system: You are a helpful assistant.
user:
Analyze the provided spectrum to determine if it is a **White Dwarf (WD)**.

A White Dwarf spectrum is defined by its **extreme purity** (due to gravitational settling) and/or **extreme pressure broadening** (due to high surface gravity). You must check for one of the following mutually exclusive signatures:

- **Key Visual Indicators (Check for ONE of these types):**

    - **1. DA-Type Signature (Most Common):**
        - **(Primary Feature):** Extreme pressure broadening (Stark broadening) of the **Hydrogen (H) Balmer lines**.
        - **(Key Lines):** $H\beta$ (approx. $4861$ Å) and $H\gamma$ (approx. $4340$ Å). $H\alpha$ (approx. $6563$ Å) will also be present if the wavelength range covers it.
        - **(Line Profile):** This is the **defining feature**. The lines are **NOT** sharp. They appear as massive, **extremely broad and deep "troughs" or "dips"** in the spectrum, often hundreds of Ångströms wide. The continuum will appear to "scoop" down at these wavelengths.
        - **(Distinction):** Normal A-type or B-type stars have *narrow* and *sharp* Hydrogen lines. A DA White Dwarf's lines are unmistakably "smeared" or "blurry" from pressure.

    - **2. DB-Type Signature:**
        - **(Primary Feature):** Broad absorption lines from **Neutral Helium (He I)**. The spectrum must lack any visible Hydrogen lines.
        - **(Key Lines):** Look for broad absorption near $4471$ Å, $4921$ Å, and $5876$ Å.
        - **(Line Profile):** These lines are also significantly pressure-broadened, appearing much wider than they would in a normal B-type main-sequence star.

    - **3. DC-Type Signature:**
        - **(Primary Feature):** A **featureless continuous spectrum**.
        - **(Line Profile):** The spectrum is a smooth curve with **no significant absorption or emission lines**.
        - **(Key Confirmation):** The continuum is almost always **blue or white**, indicating a hot object. This signature implies the atmosphere is so pure (or so cool) that no spectral lines are visible in the optical range. Its WD identity is confirmed by its extremely low intrinsic brightness (high absolute magnitude).

    - **4. DZ-Type Signature (Metal-Polluted):**
        - **(Primary Feature):** **Isolated, narrow metal absorption lines** on an otherwise featureless (DC-like) continuum.
        - **(Key Lines):** The **Calcium (Ca II) H & K doublet** (approx. **$3934$ Å** and **$3968$ Å**) is the most common and defining feature.
        - **(Line Profile):** These lines are "out of place." They are *not* part of a "forest" of thousands of lines. This signature is evidence of recent *accretion* (pollution) from rocky debris.
        - **(Distinction):** Normal G/K/M stars have a *dense forest* of thousands of metal lines. A DZ has a *clean* continuum with *only a few* strong metal lines.

    - **5. DQ-Type Signature (Carbon-Polluted):**
        - **(Primary Feature):** Absorption bands from **Carbon (C₂ "Swan Bands" or atomic C I)**.
        - **(Key Lines - C₂):** Look for bandheads with a "saw-tooth" shape near $5635$ Å, **$5165$ Å** (strongest), and $4737$ Å.
        - **(Key Confirmation):** The underlying **continuum must be blue or white** (hot).
        - **(Distinction):** This is the critical difference from a **Carbon Star**, which has the *exact same* C₂ bands but on an extremely **red, cool** continuum.

- **(Overall Spectrum):**
    - The continuum (overall shape) is typically **blue-sloping** (brighter in the blue than the red), as most white dwarfs are very hot.
    - The spectrum will look "pure" or "simple," dominated by only *one* of the five signatures listed above.

Think first, call **spectral_visualization_tool** if needed to examine features in detail, then provide your final answer. Your response must adhere to the following strict rules:
1.  **Overall Structure:** Your response must follow the format `<think>...</think> <tool_call>...</tool_call> (if a tool is used) <answer>...</answer>`.
2.  **Tool Usage Constraint:** You may only make **one** tool call per turn.
3.  **Final Answer Format:** In the `<answer>` tag, your conclusion must be inside a `\boxed{}` command (e.g., `\boxed{YES}` or `\boxed{NO}`), followed by your justification.

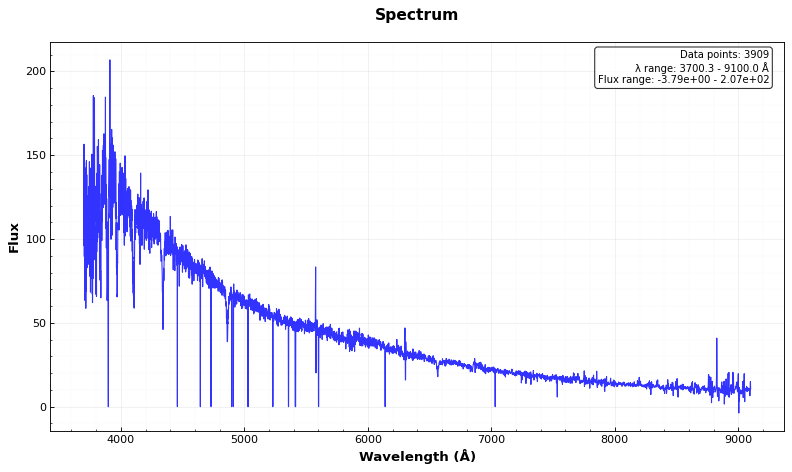
Answer: YES